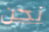
نحن